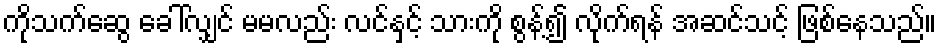
ကိုသက်ဆွေ ခေါ်လျှင် မမလည်း လင်နှင့် သားကို စွန့်၍ လိုက်ရန် အဆင်သင့် ဖြစ်နေသည်။